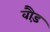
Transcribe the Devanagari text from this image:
वौड़